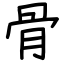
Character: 骨